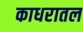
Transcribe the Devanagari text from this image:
काधरातल